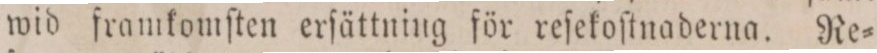
wid framkomſten erſättning för reſekoſtnaderna. Re=